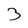
Character: 3